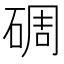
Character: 碉